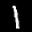
Label: 1